65_HS1-834228961_62-HQ-83894_Section_9
Agency: FBI
Page 215
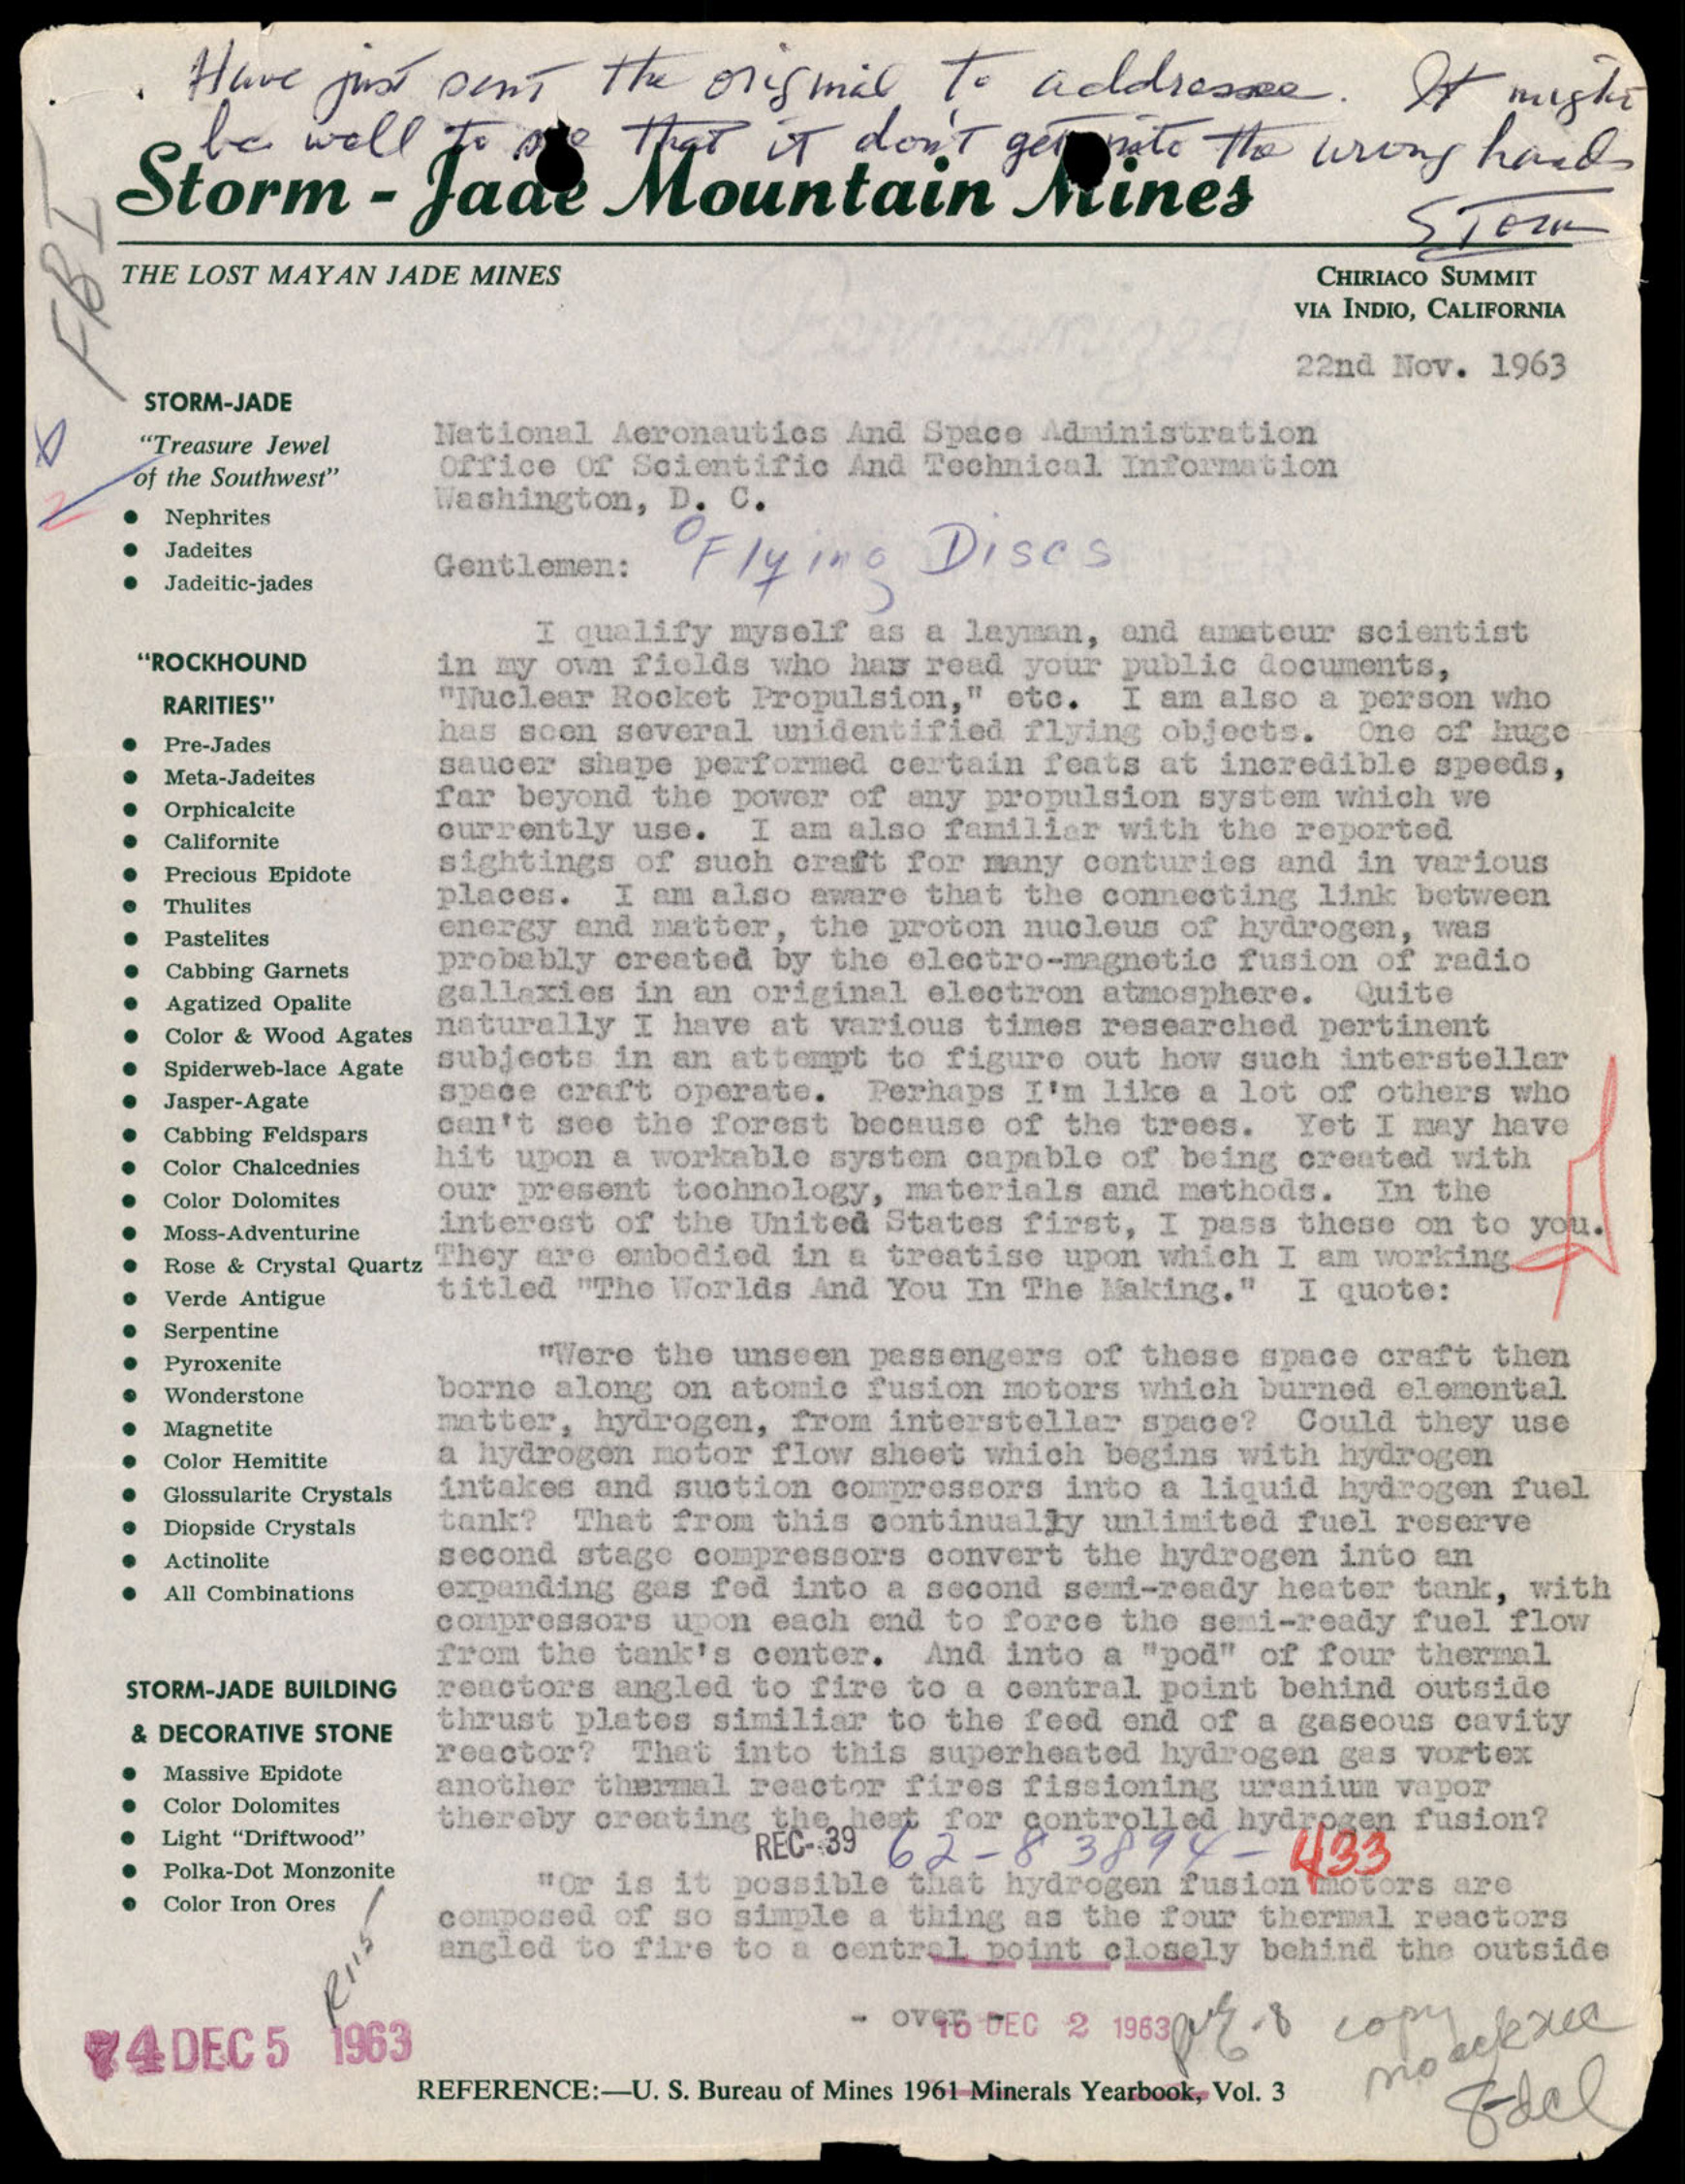